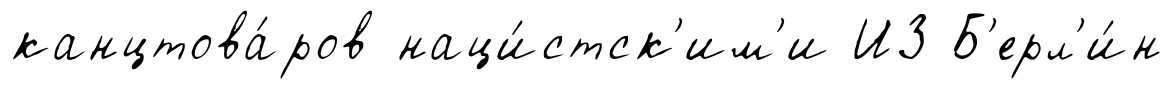
канцтова́ров наци́стск'им'и ИЗ Б'ерл'и́н